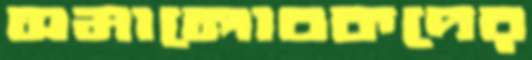
সমালোচকদের